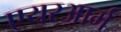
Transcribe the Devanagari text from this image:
एयरआर्म